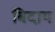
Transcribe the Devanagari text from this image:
बिदाय